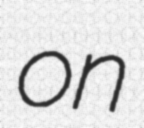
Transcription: on